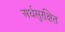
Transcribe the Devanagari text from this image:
अर्धसुरक्षित